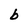
Character: b